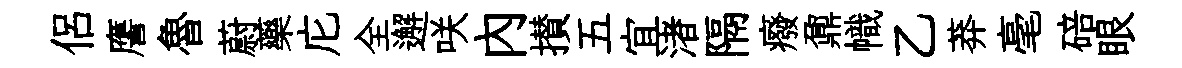
侶譍魯蔚藥庀全邂咲内攅五宜渚隔癈鼐幟乙莽毫碚眼